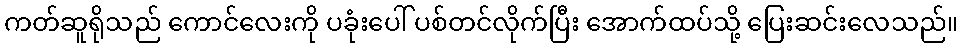
ကတ်ဆူရိုသည် ကောင်လေးကို ပခုံးပေါ် ပစ်တင်လိုက်ပြီး အောက်ထပ်သို့ ပြေးဆင်းလေသည်။